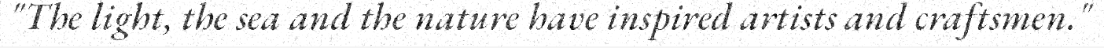
"The light, the sea and the nature have inspired artists and craftsmen."